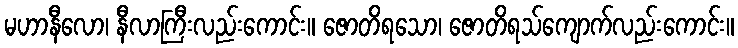
မဟာနီလော၊ နီလာကြီးလည်းကောင်း။ ဇောတိရသော၊ ဇောတိရသ်ကျောက်လည်းကောင်း။